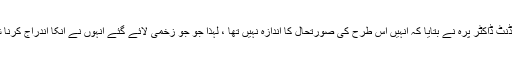
اسپتال پر انٹنڈنٹ ڈاکٹر پرہ نے بتایا کہ انہیں اس طرح کی صورتحال کا اندازہ نہیں تھا ، لہذا جو جو زخمی لائے گئے انہوں نے انکا اندراج کرنا شروع کردیا۔